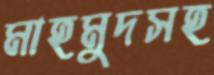
মাহমুদসহ